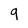
Character: 9